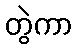
တွဲကာ